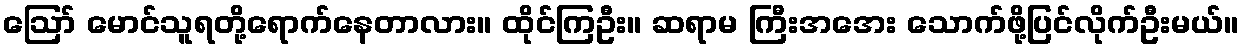
ဪ မောင်သူရတို့ရောက်နေတာလား။ ထိုင်ကြဦး။ ဆရာမ ကြီးအအေး သောက်ဖို့ပြင်လိုက်ဦးမယ်။